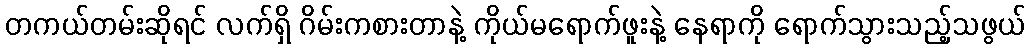
တကယ်တမ်းဆိုရင် လက်ရှိ ဂိမ်းကစားတာနဲ့ ကိုယ်မရောက်ဖူးနဲ့ နေရာကို ရောက်သွားသည့်သဖွယ်